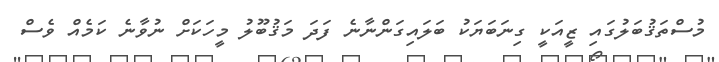
މުސްތަޤުބަލުގައި ޒީއަކީ ގިނަބަޔަކު ބަލައިގަންނާނެ ފަދަ މަޤުބޫލު މީހަކަށް ނުވާނެ ކަމެއް ވެސް